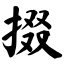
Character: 掇